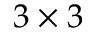
3 \times 3